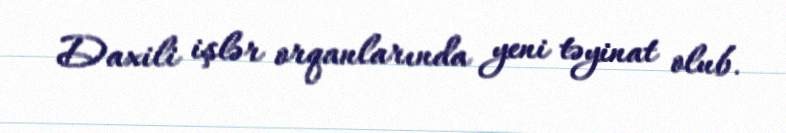
Daxili işlər orqanlarında yeni təyinat olub.